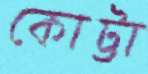
কোট্টা